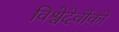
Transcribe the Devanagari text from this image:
विश्वेदेवोंको